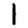
Digit: 1